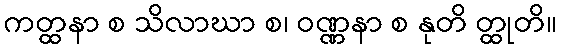
ကတ္ထနာ စ သိလာဃာ စ၊ ဝဏ္ဏနာ စ နုတိ တ္ထုတိ။